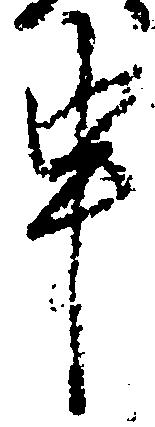
申